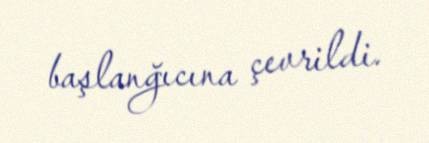
başlanğıcına çevrildi.